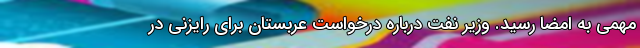
مهمی به امضا رسید. وزیر نفت درباره درخواست عربستان برای رایزنی در